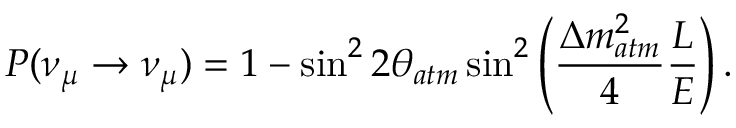
P ( \nu _ { \mu } \rightarrow \nu _ { \mu } ) = 1 - \sin ^ { 2 } { 2 \theta _ { a t m } } \sin ^ { 2 } \left( \frac { \Delta m _ { a t m } ^ { 2 } } { 4 } \frac { L } { E } \right) .